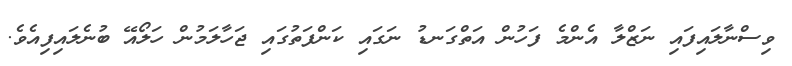
ވިސްނާލައިފައި ނަޒްލާ އެންމެ ފަހުން އަތްގަނޑު ނަގައި ކަންފަތުގައި ޖަހާލަމުން ހަލޯއޭ ބުނެލައިފިއެވެ.